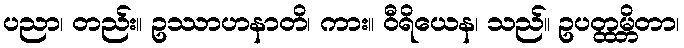
ပညာ၊ တည်း။ ဥဿာဟနာတိ၊ ကား။ ဝီရိယေန၊ သည်။ ဥပတ္ထမ္ဘိတာ၊